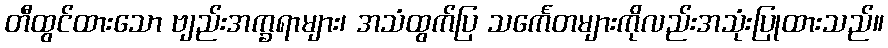
တီထွင်ထားသော ဗျည်းအက္ခရာများ၊ အသံထွက်ပြ သင်္ကေတများကိုလည်းအသုံးပြုထားသည်။